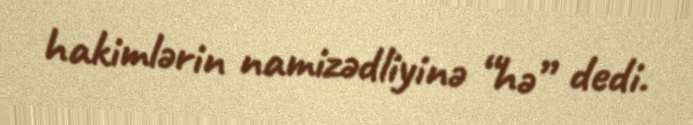
hakimlərin namizədliyinə “hə” dedi.